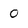
Character: 0